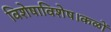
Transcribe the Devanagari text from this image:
विशेषाविशेष।कळों